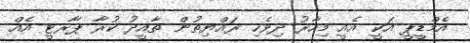
އެމްޑީޕީ އަކީ އެއީ މިހާރު ދިވެހި ރައްޔިތުން ތާއީދު ކުރާ ޕާރޓީ އެއް